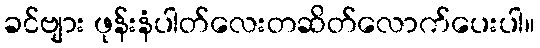
ခင်ဗျား ဖုန်းနံပါတ်လေးတဆိတ်လောက်ပေးပါ။